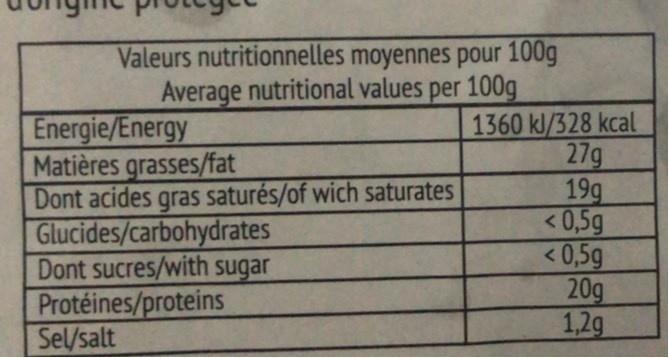
Valeurs nutritionnelles moyennes pour 100g Average nutritional values per 100g
Energie/Energy Matières grasses/fat Dont acides gras saturés/of wich saturates Glucides/carbohydrates Dont sucres/with sugar Protéines/proteins Sel/salt
1360 kl/328 kcal 27g 19g <0,5g <0,5g 20g 1,2g